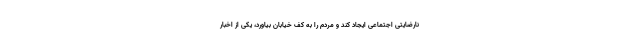
نارضایتی اجتماعی ایجاد کند و مردم را به کف خیابان بیاورد، یکی از اخبار